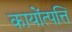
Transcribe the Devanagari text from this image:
कायोंत्पत्ति